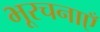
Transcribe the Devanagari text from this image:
भूरचनाएँ